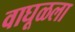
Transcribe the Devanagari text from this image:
वाघूळला